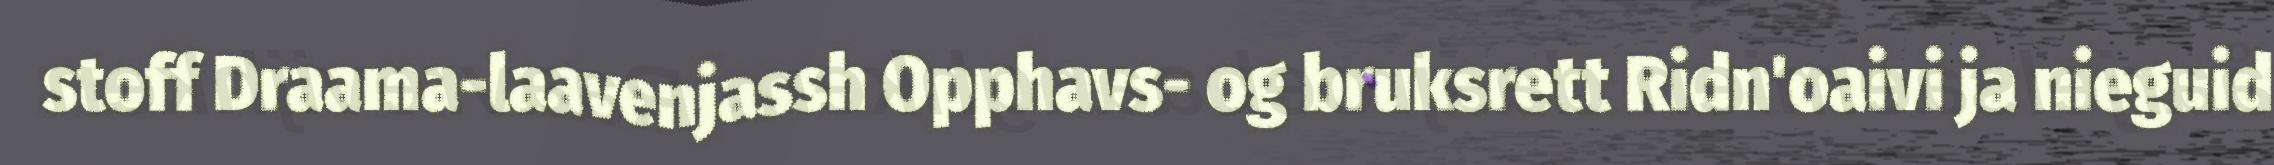
stoff Draama-laavenjassh Opphavs- og bruksrett Ridn'oaivi ja nieguid